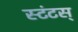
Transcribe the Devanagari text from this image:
स्टंटस्